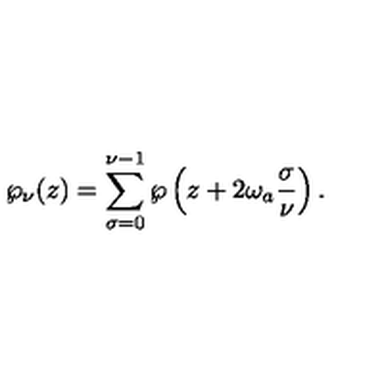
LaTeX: \wp _ { \nu } ( z ) = \sum _ { \sigma = 0 } ^ { \nu - 1 } \wp \left( z + 2 \omega _ { a } \frac { \sigma } { \nu } \right) .